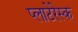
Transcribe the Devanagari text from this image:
प्लाटेरेस्क